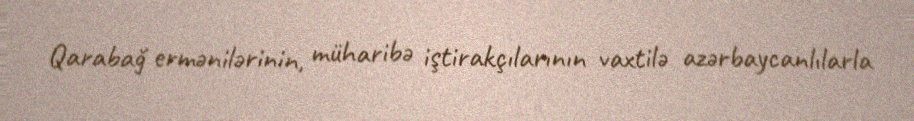
Qarabağ ermənilərinin, müharibə iştirakçılarının vaxtilə azərbaycanlılarla